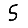
Digit: 5